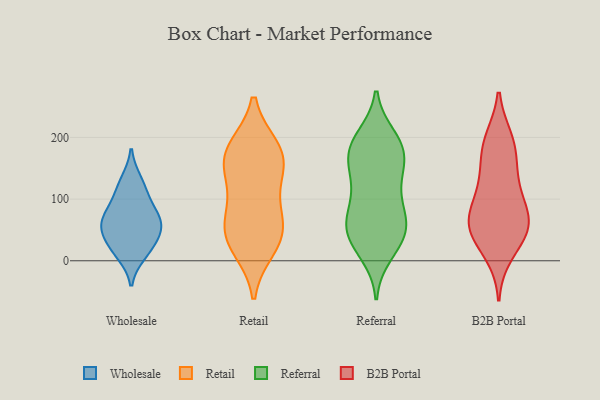
{"axis": {"x": "Waste Production (Tons)", "y": "Value"}, "legend": ["B2B Portal", "Referral", "Retail", "Wholesale"], "data": [{"x": "", "y": 71, "type": "Wholesale"}, {"x": "", "y": 20, "type": "Wholesale"}, {"x": "", "y": 130, "type": "Wholesale"}, {"x": "", "y": 55, "type": "Wholesale"}, {"x": "", "y": 62, "type": "Wholesale"}, {"x": "", "y": 88, "type": "Wholesale"}, {"x": "", "y": 34, "type": "Wholesale"}, {"x": "", "y": 56, "type": "Wholesale"}, {"x": "", "y": 112, "type": "Wholesale"}, {"x": "", "y": 11, "type": "Wholesale"}, {"x": "", "y": 182, "type": "Retail"}, {"x": "", "y": 151, "type": "Retail"}, {"x": "", "y": 104, "type": "Retail"}, {"x": "", "y": 54, "type": "Retail"}, {"x": "", "y": 150, "type": "Retail"}, {"x": "", "y": 34, "type": "Retail"}, {"x": "", "y": 178, "type": "Retail"}, {"x": "", "y": 43, "type": "Retail"}, {"x": "", "y": 175, "type": "Retail"}, {"x": "", "y": 21, "type": "Retail"}, {"x": "", "y": 74, "type": "Retail"}, {"x": "", "y": 78, "type": "Referral"}, {"x": "", "y": 43, "type": "Referral"}, {"x": "", "y": 153, "type": "Referral"}, {"x": "", "y": 76, "type": "Referral"}, {"x": "", "y": 12, "type": "Referral"}, {"x": "", "y": 49, "type": "Referral"}, {"x": "", "y": 197, "type": "Referral"}, {"x": "", "y": 59, "type": "Referral"}, {"x": "", "y": 26, "type": "Referral"}, {"x": "", "y": 142, "type": "Referral"}, {"x": "", "y": 183, "type": "Referral"}, {"x": "", "y": 89, "type": "Referral"}, {"x": "", "y": 33, "type": "Referral"}, {"x": "", "y": 200, "type": "Referral"}, {"x": "", "y": 172, "type": "Referral"}, {"x": "", "y": 178, "type": "Referral"}, {"x": "", "y": 117, "type": "Referral"}, {"x": "", "y": 136, "type": "Referral"}, {"x": "", "y": 183, "type": "Referral"}, {"x": "", "y": 55, "type": "Referral"}, {"x": "", "y": 44, "type": "B2B Portal"}, {"x": "", "y": 74, "type": "B2B Portal"}, {"x": "", "y": 70, "type": "B2B Portal"}, {"x": "", "y": 136, "type": "B2B Portal"}, {"x": "", "y": 99, "type": "B2B Portal"}, {"x": "", "y": 182, "type": "B2B Portal"}, {"x": "", "y": 129, "type": "B2B Portal"}, {"x": "", "y": 13, "type": "B2B Portal"}, {"x": "", "y": 47, "type": "B2B Portal"}, {"x": "", "y": 188, "type": "B2B Portal"}, {"x": "", "y": 58, "type": "B2B Portal"}, {"x": "", "y": 55, "type": "B2B Portal"}, {"x": "", "y": 195, "type": "B2B Portal"}]}